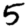
Digit: 5